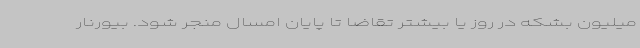
میلیون بشکه در روز یا بیشتر تقاضا تا پایان امسال منجر شود. بیورنار